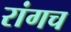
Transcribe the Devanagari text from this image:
रांगच